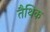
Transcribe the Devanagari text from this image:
तैथिक